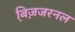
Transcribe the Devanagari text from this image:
बि़ज़जरनल